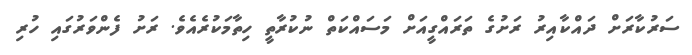
ސަރުކާރަށް ދައްކާއިރު ރަށުގެ ތަރައްގީއަށް މަސައްކަތް ނުކުރާތީ ހިތާމަކުރެއެވެ. ރަށު ފެންވަރުގައި ހުރި